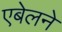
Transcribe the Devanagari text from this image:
एबेलने